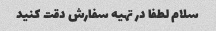
سلام لطفا در تهیه سفارش دقت کنید